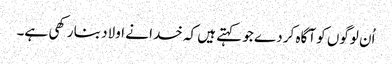
اُن لوگوں کو آگاہ کر دے جو کہتے ہیں کہ خدا نے اولاد بنا رکھی ہے۔